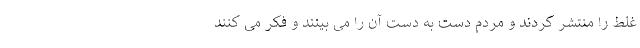
غلط را منتشر کردند و مردم دست به دست آن را می بینند و فکر می کنند